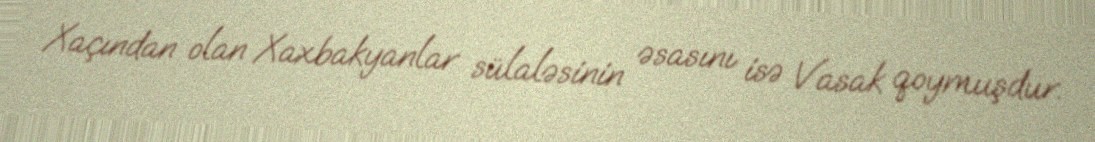
Xaçından olan Xaxbakyanlar sülaləsinin əsasını isə Vasak qoymuşdur.